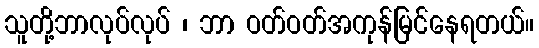
သူတို့ဘာလုပ်လုပ် ၊ ဘာ ဝတ်ဝတ်အကုန်မြင်နေရတယ်။